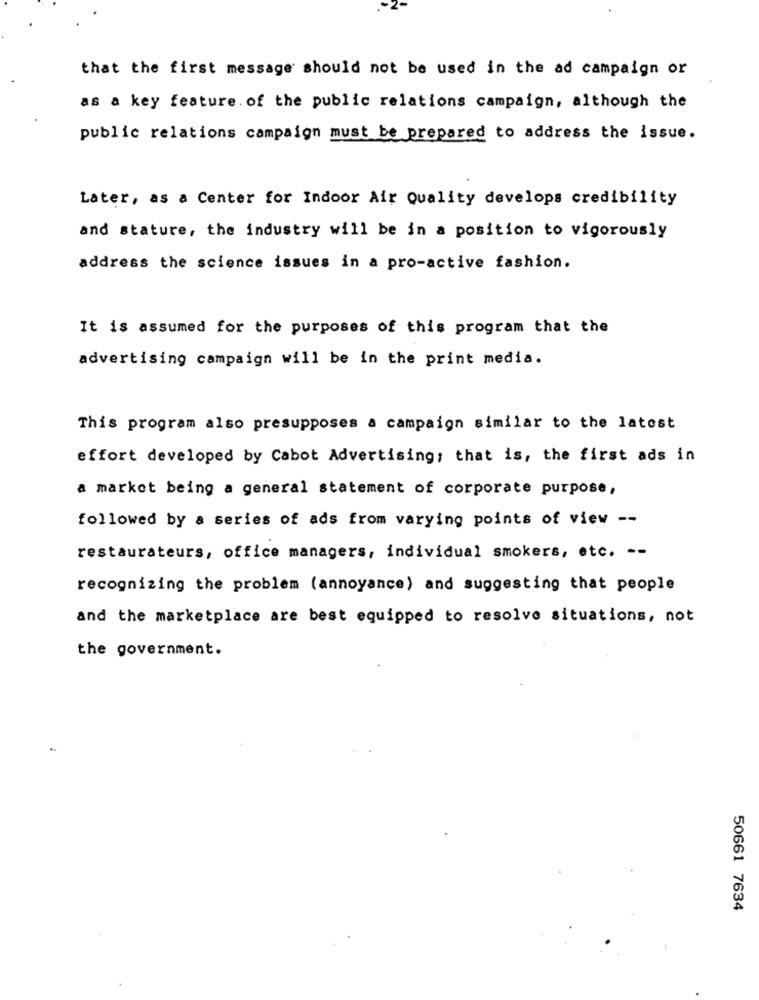
that the first message should not be used in the ad campaign or
as a key feature. of the public relations campaign, although the
public relations campaign must be prepared to address the issue.
Later, as a Center for Indoor Air Quality develops credibility
and stature, the industry will be in a position to vigorously
address the science issues in a pro-active fashion.
It is assumed for the purposes of this program that the
advertising campaign will be in the print media.
This program also presupposes a campaign similar to the latest
effort developed by Cabot Advertising; that is, the first ads in
a market being a general statement of corporate purpose,
followed by a series of ads from varying points of view --
restaurateurs, office managers, individual smokers, etc. --
recognizing the problem (annoyance) and suggesting that people
and the marketplace are best equipped to resolve situations, not
the government.
50661 7634